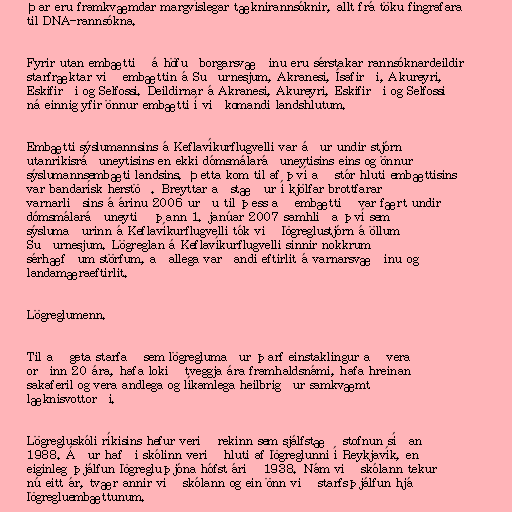
Þar eru framkvæmdar margvíslegar tæknirannsóknir, allt frá töku fingrafara
til DNA-rannsókna.

Fyrir utan embættið á höfuðborgarsvæðinu eru sérstakar rannsóknardeildir
starfræktar við embættin á Suðurnesjum, Akranesi, Ísafirði, Akureyri,
Eskifirði og Selfossi. Deildirnar á Akranesi, Akureyri, Eskifirði og Selfossi
ná einnig yfir önnur embætti í viðkomandi landshlutum.

Embætti sýslumannsins á Keflavíkurflugvelli var áður undir stjórn
utanríkisráðuneytisins en ekki dómsmálaráðuneytisins eins og önnur
sýslumannsembæti landsins. Þetta kom til af því að stór hluti embættisins
var bandarísk herstöð. Breyttar aðstæður í kjölfar brottfarar
varnarliðsins á árinu 2006 urðu til þess að embættið var fært undir
dómsmálaráðuneytið þann 1. janúar 2007 samhliða því sem
sýslumaðurinn á Keflavíkurflugvelli tók við lögreglustjórn á öllum
Suðurnesjum. Lögreglan á Keflavíkurflugvelli sinnir nokkrum
sérhæfðum störfum, aðallega varðandi eftirlit á varnarsvæðinu og
landamæraeftirlit.

Lögreglumenn.

Til að geta starfað sem lögreglumaður þarf einstaklingur að vera
orðinn 20 ára, hafa lokið tveggja ára framhaldsnámi, hafa hreinan
sakaferil og vera andlega og líkamlega heilbrigður samkvæmt
læknisvottorði.

Lögregluskóli ríkisins hefur verið rekinn sem sjálfstæð stofnun síðan
1988. Áður hafði skólinn verið hluti af lögreglunni í Reykjavík, en
eiginleg þjálfun lögregluþjóna hófst árið 1938. Nám við skólann tekur
nú eitt ár, tvær annir við skólann og ein önn við starfsþjálfun hjá
lögregluembættunum.